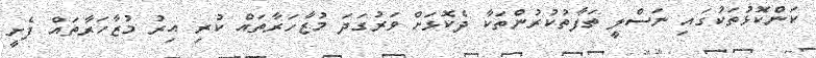
ކަންކޮޅުތަކުގައި ނަސްލީ ތަފާތުކުރުންތަކާ ދެކޮޅަށް ވަރުގަދަ މުޒާހަރާތައް ކުރި އިރު މުޒާހަރާތައް ފެށީ